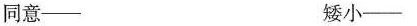
同意--___ 矮小--___